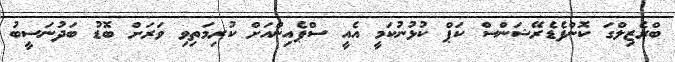
ބްރެޒިލްގަ ކޮންފެޑެރޭޝަންސް ކަޕް ކުޅުނުކަމީ އެއީ ސްޕެއިންއަށް ކުރިމަތިވި ވަރަށް ބޮޑު ބަދުނަސީބު